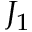
J _ { 1 }